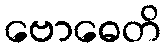
ဗောဓေတိ